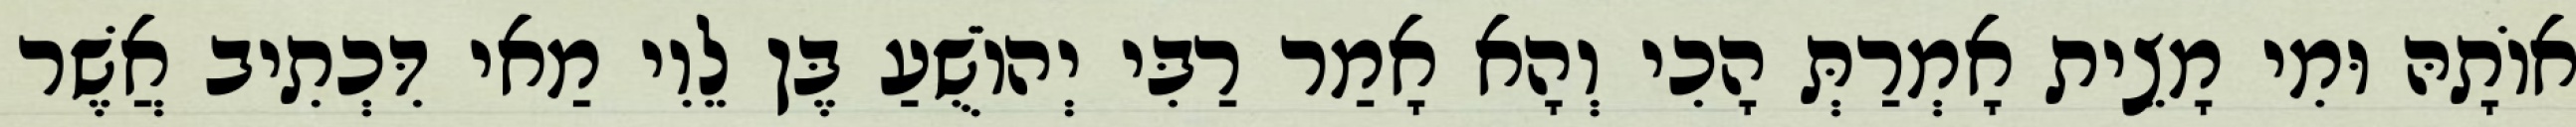
אוֹתָהּ וּמִי מָצֵית אָמְרַתְּ הָכִי וְהָא אָמַר רַבִּי יְהוֹשֻׁעַ בֶּן לֵוִי מַאי דִּכְתִיב אֲשֶׁר